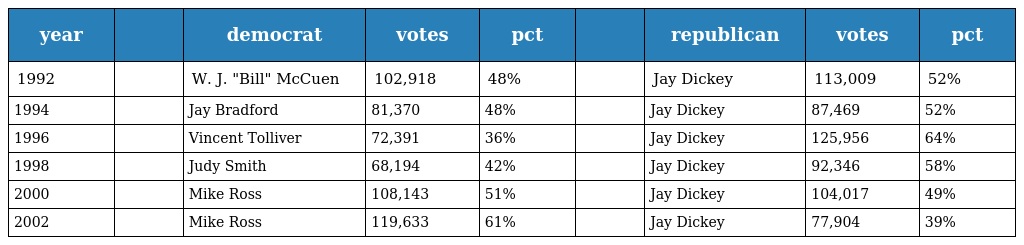
| year |  | democrat | votes | pct |  | republican | votes | pct |
 | --- | --- | --- | --- | --- | --- | --- | --- | --- |
 | 1992 |  | W. J. "Bill" McCuen | 102,918 | 48% |  | Jay Dickey | 113,009 | 52% |
 | 1994 |  | Jay Bradford | 81,370 | 48% |  | Jay Dickey | 87,469 | 52% |
 | 1996 |  | Vincent Tolliver | 72,391 | 36% |  | Jay Dickey | 125,956 | 64% |
 | 1998 |  | Judy Smith | 68,194 | 42% |  | Jay Dickey | 92,346 | 58% |
 | 2000 |  | Mike Ross | 108,143 | 51% |  | Jay Dickey | 104,017 | 49% |
 | 2002 |  | Mike Ross | 119,633 | 61% |  | Jay Dickey | 77,904 | 39% |